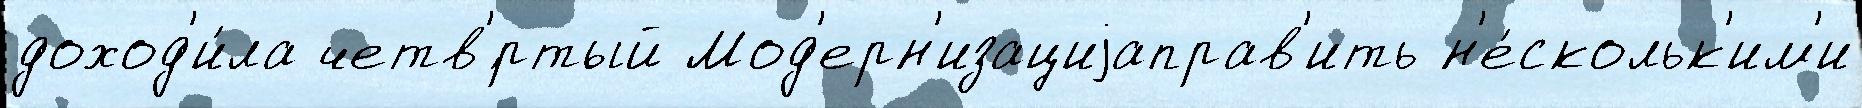
доход'и́ла четв'́ртый Мод'ерн'изациjаправ'ить н'е́скольк'им'и